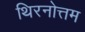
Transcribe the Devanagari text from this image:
थिरनोत्तम